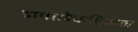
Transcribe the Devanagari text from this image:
डायालेकटिकल